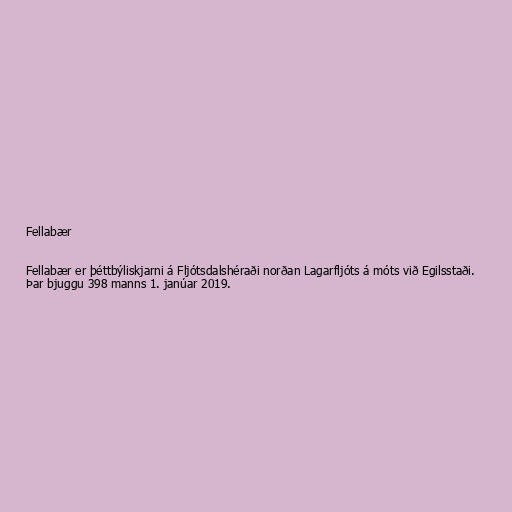
Fellabær

Fellabær er þéttbýliskjarni á Fljótsdalshéraði norðan Lagarfljóts á móts við Egilsstaði.
Þar bjuggu 398 manns 1. janúar 2019.